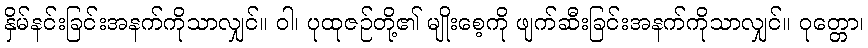
နှိမ်နင်းခြင်းအနက်ကိုသာလျှင်။ ဝါ၊ ပုထုဇဉ်တို့၏ မျိုးစေ့ကို ဖျက်ဆီးခြင်းအနက်ကိုသာလျှင်။ ဝုတ္တော၊